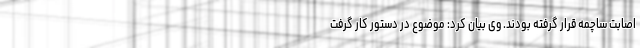
اصابت ساچمه قرار گرفته بودند. وی بیان کرد: موضوع در دستور کار گرفت